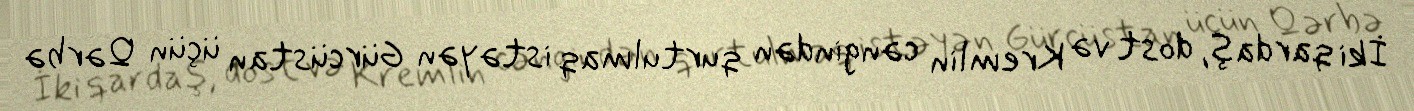
İki qardaş, dost və Kremlin cəngindən qurtulmaq istəyən Gürcüstan üçün Qərbə